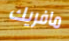
مافريك